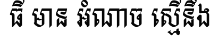
ធី មាន អំណាច ស្មើនឹង